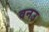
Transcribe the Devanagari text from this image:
वनउ